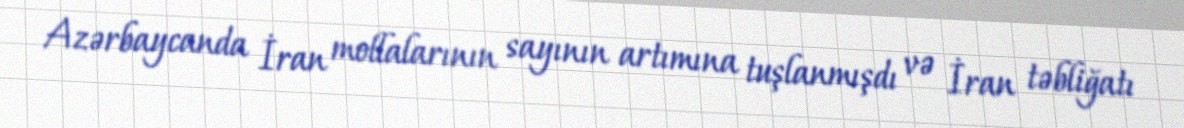
Azərbaycanda İran mollalarının sayının artımına tuşlanmışdı və İran təbliğatı